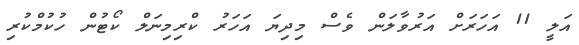
އަލީ 11 އަހަރަށް އަރުވާލަން ވެސް މިދިޔަ އަހަރު ކްރިމިނަލް ކޯޓުން ހުކުމްކުރި